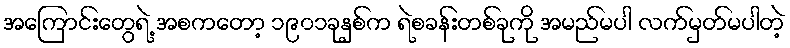
အကြောင်းတွေရဲ့ အစကတော့ ၁၉၀၁ခုနှစ်က ရဲစခန်းတစ်ခုကို အမည်မပါ လက်မှတ်မပါတဲ့